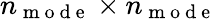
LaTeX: n_{\mathrm{~m~o~d~e~}}\times n_{\mathrm{~m~o~d~e~}}